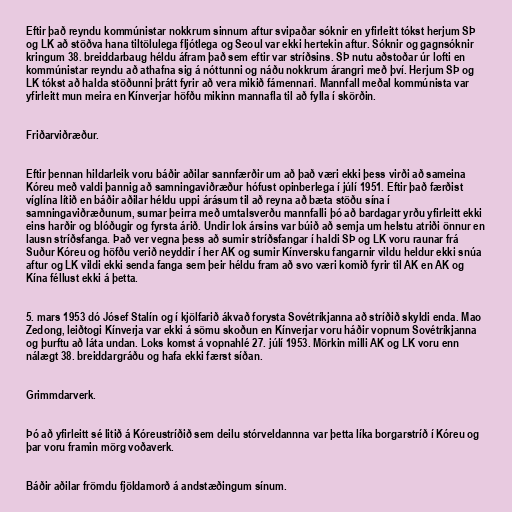
Eftir það reyndu kommúnistar nokkrum sinnum aftur svipaðar sóknir en yfirleitt tókst herjum SÞ
og LK að stöðva hana tiltölulega fljótlega og Seoul var ekki hertekin aftur. Sóknir og gagnsóknir
kringum 38. breiddarbaug héldu áfram það sem eftir var stríðsins. SÞ nutu aðstoðar úr lofti en
kommúnistar reyndu að athafna sig á nóttunni og náðu nokkrum árangri með því. Herjum SÞ og
LK tókst að halda stöðunni þrátt fyrir að vera mikið fámennari. Mannfall meðal kommúnista var
yfirleitt mun meira en Kínverjar höfðu mikinn mannafla til að fylla í skörðin.

Friðarviðræður.

Eftir þennan hildarleik voru báðir aðilar sannfærðir um að það væri ekki þess virði að sameina
Kóreu með valdi þannig að samningaviðræður hófust opinberlega í júlí 1951. Eftir það færðist
víglína lítið en báðir aðilar héldu uppi árásum til að reyna að bæta stöðu sína í
samningaviðræðunum, sumar þeirra með umtalsverðu mannfalli þó að bardagar yrðu yfirleitt ekki
eins harðir og blóðugir og fyrsta árið. Undir lok ársins var búið að semja um helstu atriði önnur en
lausn stríðsfanga. Það ver vegna þess að sumir stríðsfangar í haldi SÞ og LK voru raunar frá
Suður Kóreu og höfðu verið neyddir í her AK og sumir Kínversku fangarnir vildu heldur ekki snúa
aftur og LK vildi ekki senda fanga sem þeir héldu fram að svo væri komið fyrir til AK en AK og
Kína féllust ekki á þetta.

5. mars 1953 dó Jósef Stalín og í kjölfarið ákvað forysta Sovétríkjanna að stríðið skyldi enda. Mao
Zedong, leiðtogi Kínverja var ekki á sömu skoðun en Kínverjar voru háðir vopnum Sovétríkjanna
og þurftu að láta undan. Loks komst á vopnahlé 27. júlí 1953. Mörkin milli AK og LK voru enn
nálægt 38. breiddargráðu og hafa ekki færst síðan.

Grimmdarverk.

Þó að yfirleitt sé litið á Kóreustríðið sem deilu stórveldannna var þetta líka borgarstríð í Kóreu og
þar voru framin mörg voðaverk.

Báðir aðilar frömdu fjöldamorð á andstæðingum sínum.